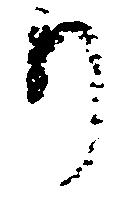
り